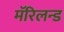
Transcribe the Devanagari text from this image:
मॅरिलन्ड